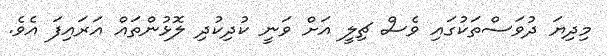
މިދިޔަ ދުވަސްތަކުގައި ވެސް ޗިލީ އަށް ވަނީ ކުދިކުދި ލޮޅުންތައް އަރައިފަ އެވެ.